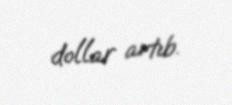
dollar artıb.